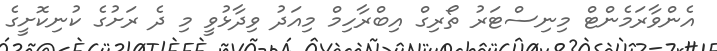
އެންވާރަމެންޓް މިނިސްޓަރު ތޯރިގް އިބްރާހިމް މިއަދު ވިދާޅުވީ މި ދެ ރަށުގެ ކުނިކޮށީގެ